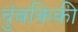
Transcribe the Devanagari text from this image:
चुंबकिकी